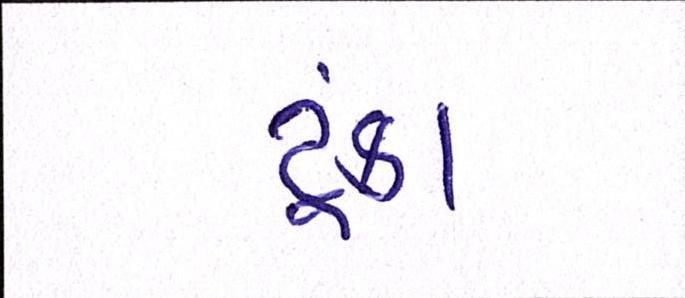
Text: ટૂંકા